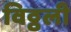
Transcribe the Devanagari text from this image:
विठ्ठली